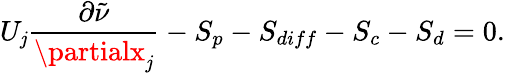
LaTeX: U_{\mathit{j}}\frac{{\partial\tilde{{\nu}}}}{{\partialx_{\mathit{j}}}}-S_{p}-S_{diff}-S_{c}-S_{d}=0.